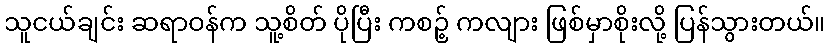
သူငယ်ချင်း ဆရာဝန်က သူ့စိတ် ပိုပြီး ကစဉ့် ကလျား ဖြစ်မှာစိုးလို့ ပြန်သွားတယ်။